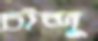
চাঁন্দু